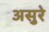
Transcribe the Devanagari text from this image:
असुरे